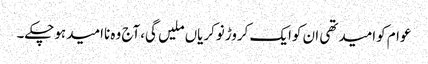
عوام کوامیدتھی ان کوایک کروڑنوکریاں ملیں گی،آج وہ ناامیدہوچکے۔